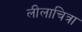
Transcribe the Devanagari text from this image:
लीलाचित्रा